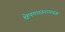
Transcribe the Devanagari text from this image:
क्षेपणास्त्रशास्त्रज्ञ